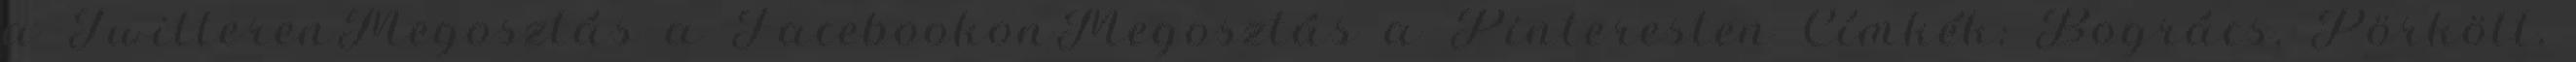
a TwitterenMegosztás a FacebookonMegosztás a Pinteresten Címkék: Bogrács, Pörkölt,